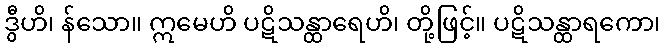
ဒွီဟိ၊ န်သော။ ဣမေဟိ ပဋိသန္ထာရေဟိ၊ တို့ဖြင့်။ ပဋိသန္ထာရကော၊